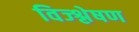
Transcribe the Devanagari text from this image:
विज्श्लेषण